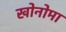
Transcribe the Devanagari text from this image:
खोनोमा